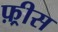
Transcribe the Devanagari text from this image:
फ़्रीस